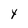
Character: Y